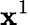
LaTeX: \mathbf{x}^{1}